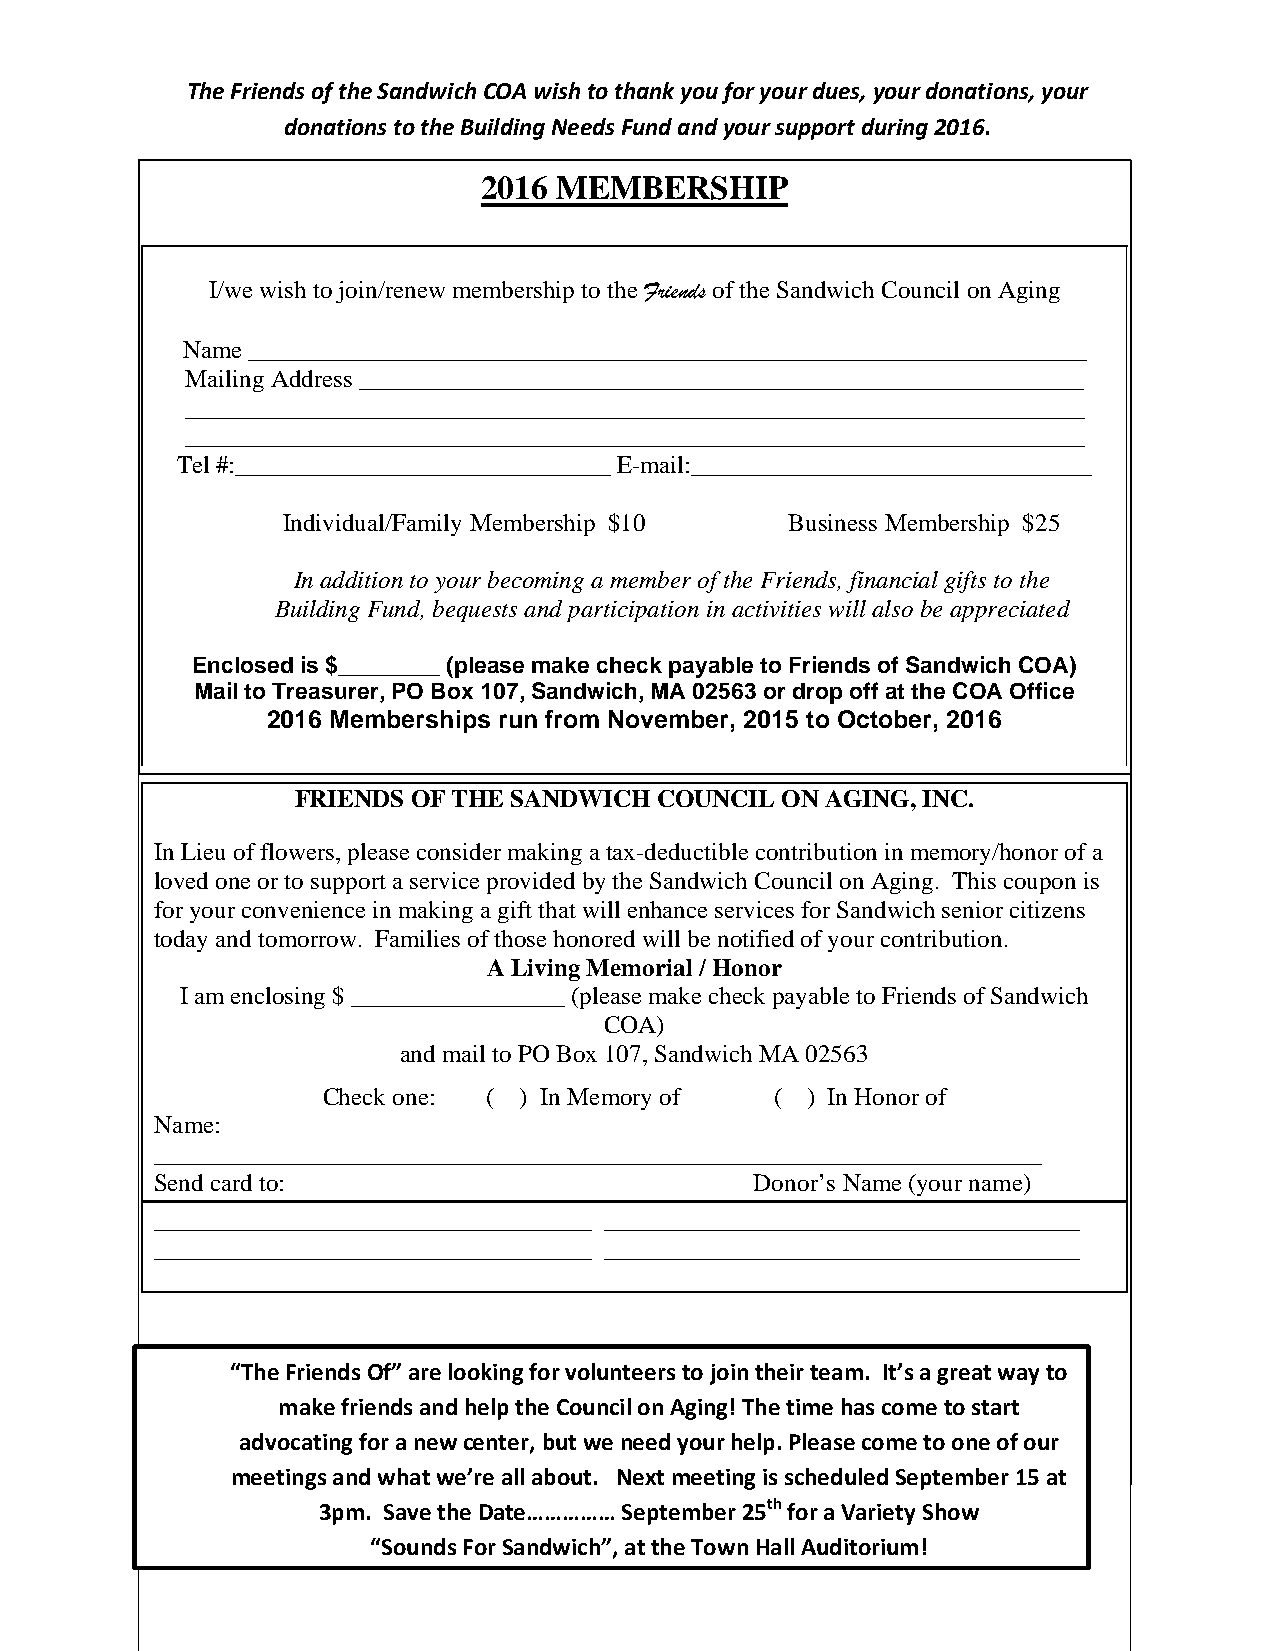
The Friends of the Sandwich COA wish to thank you for your dues, your donations, your
 donations to the Building Needs Fund and your support during 2016.
 2016 MEMBERSHIP
 I/we wish to join/renew member ship to the Friends of the Sandwich Council on Aging
 Name ___________________________________________________________________
 Mailing Address __________________________________________________________
 ________________________________________________________________________
 ____________________________ ____________________________________ ________
 Tel #:________________________ ______ E-mail:________________________________
 Individual/Family Membership $10 Business Membership $25
 In addition to your beco ming a member of the Friends, financial gifts to the
 Building Fund, bequests and participation in activities will also be appreciated
 Enclosed is $________ (please make check payable to Friends of Sandwich COA)
 Mail to Treasurer, PO Box 107, Sandwich, MA 02563 or drop off at the COA Office
 2016 Memberships run from November, 2015 to October, 2016
 FRIENDS OF THE SA NDWICH COUNCIL ON AGING, INC.
 In Lieu of flowers, please consider m aking a tax-deductible contribution in memory/honor of a
 loved one or to support a service prov ided by the Sandwich Council on Aging. Thi s coupon is
 for your convenience in making a gift that will enhance services for Sandwich senior citizens
 today and tomorrow. Families of tho se honored will be notified of your contributio n.
 A Living Memorial / Honor
 I am enclosing $ _________________ (please make check payable to Friends of Sandwich
 COA)
 and mail to PO Box 107, Sandwich MA 02563
 Check one: ( ) In Memory of   ( ) In Honor of
 Name:
 ______________________________ _________________________________________
 Send card to:                           Donor’s Name (your name)
 ___________________________________ _______________________________ _______
 ___________________________________ ______________________________________
 “The Friends Of” are looking for volunteers to join their team. It’s a great way to
 make friends and help th e Council on Aging! The time has come to start
 advocating for a new center , but we need your help. Please come to one of our
 meetings and what we’re all about. Next meeting is scheduled September 15 at
 3pm. Save the Date…………… September 25th for a Variety Show
 “Sounds For Sandwich”, at theTown Hall Auditorium!